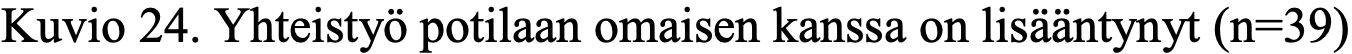
Kuvio 24. Yhteistyö potilaan omaisen kanssa on lisääntynyt (n=39)